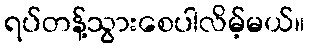
ရပ်တန့်သွားစေပါလိမ့်မယ်။